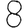
Digit: 8